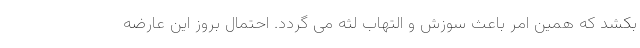
بکشد که همین امر باعث سوزش و التهاب لثه می گردد. احتمال بروز این عارضه